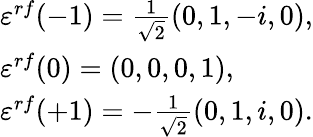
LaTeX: \begin{array}{l}{{\varepsilon^{rf}(-1)=\frac{1}{\sqrt{2}}(0,1,-i,0),}}\\ {{\varepsilon^{rf}(0)=(0,0,0,1),}}\\ {{\varepsilon^{rf}(+1)=-\frac{1}{\sqrt{2}}(0,1,i,0).}}\end{array}